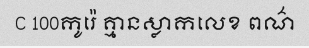
C 100កូរ៉េ គ្មានស្លាកលេខ ពណ៌